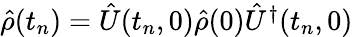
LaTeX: \begin{array}{r}{\hat{\rho}(t_{n})=\hat{U}(t_{n},0)\hat{\rho}(0)\hat{U}^{\dagger}(t_{n},0)}\end{array}